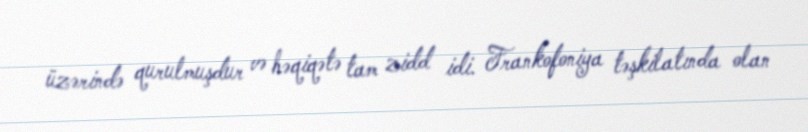
üzərində qurulmuşdur və həqiqətə tam zidd idi. Frankofoniya təşkilatında olan